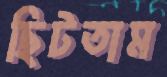
ছিটতাম